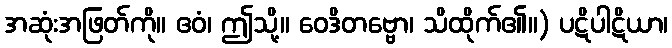
အဆုံးအဖြတ်ကို။ ဧဝံ၊ ဤသို့။ ဝေဒိတဗ္ဗော၊ သိထိုက်၏။) ပဋိပါဋိယာ၊